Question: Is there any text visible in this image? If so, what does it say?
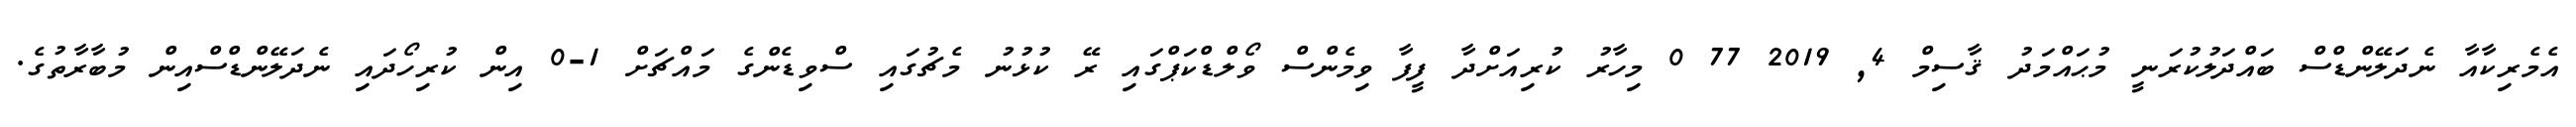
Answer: އެމެރިކާއާ ނެދަލޭންޑްސް ބައްދަލުކުރަނީ މުޙައްމަދު ޤާސިމް 4, 2019 77 0 މިހާރު ކުރިއަށްދާ ފީފާ ވިމެންސް ވޯލްޑްކަޕްގައި ރޭ ކުޅުނު މެޗުގައި ސްވިޑެންގެ މައްޗަށް 1-0 އިން ކުރިހޯދައި ނެދަލޭންޑްސްއިން މުބާރާތުގެ.